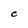
Character: C